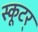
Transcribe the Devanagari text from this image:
स्कूटर्